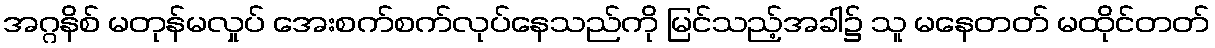
အဂ္ဂနိစ် မတုန်မလှုပ် အေးစက်စက်လုပ်နေသည်ကို မြင်သည့်အခါ၌ သူ မနေတတ် မထိုင်တတ်